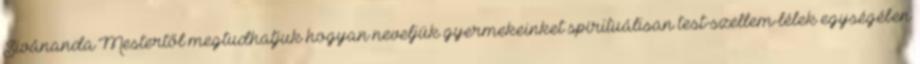
Sivánanda Mestertől megtudhatjuk hogyan neveljük gyermekeinket spirituálisan test-szellem-lélek egységében